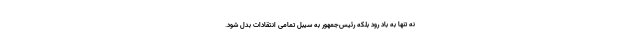
نه تنها به باد رود بلکه رئیس‌جمهور به سیبل تمامی انتقادات بدل شود.